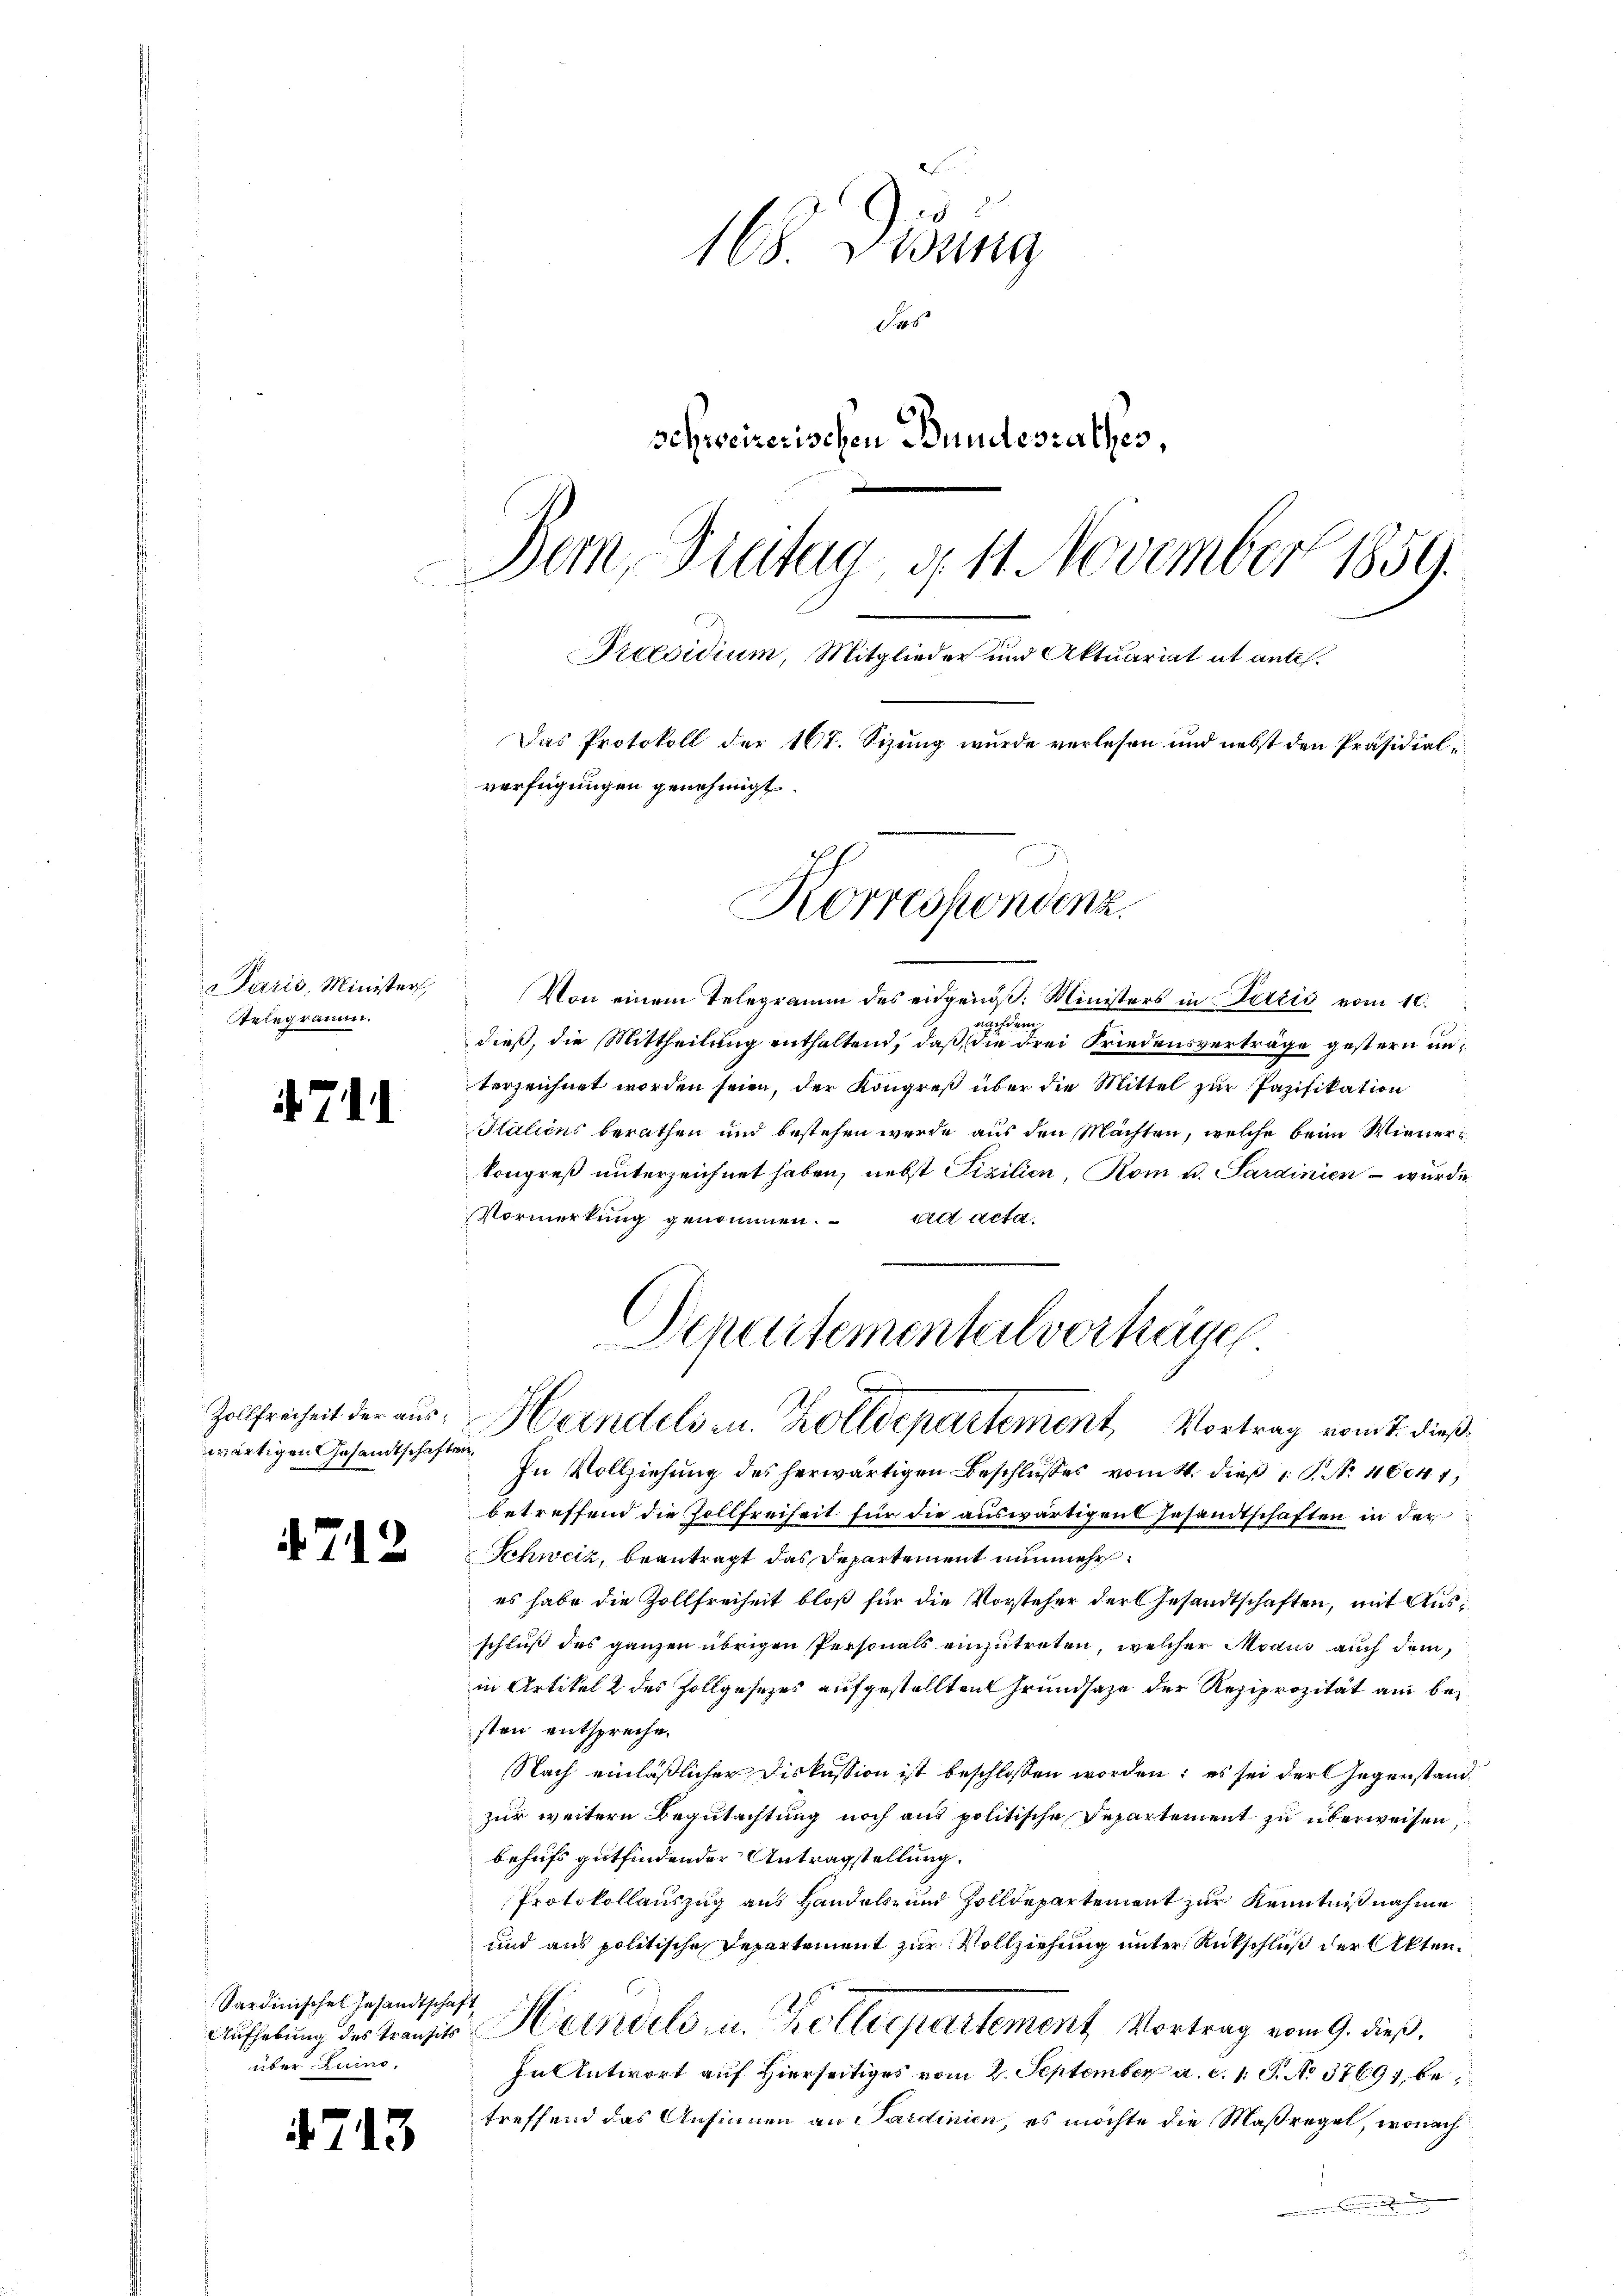
Paris, Minister,
Telegramm.

711

Zollfreiheit der aus¬

712

Sardinisches Gesandtschaft
über-Luino,

4713

165. Disung
1406
schweizerischen Bundesrathes,
Dem Brutug, d. 11. November 1859.
Preesidium, Mitglieder und Aktuariat et antes.

Korrespondenz.

Von einem Telegramm des eidgenöß: Ministers in Partis vom 10.
nachdem
dieß, die Mittheilung enthaltend, daß die drei Friedensverträge gestern unterzeichnet worden seien, der Kongreß über die Mittel zur Pazifikation
Italiens berathen und bestehen werde aus den Machten, welche beim Wienerkongreß unterzeichnet haben, nebst Fizilien, Rom u. Sardinien – wurde
Vormerkung genommen. ad acta.
wärtigen Gesandtschaften. In Vollziehŭng des herwärtigen Beschlŭsses vom 4. dieß P. Nr. 46041,
betreffend die Zollfreiheit für die auswärtigen Gesandtschaften in der
Schweiz, beantragt das Departement nunmehres habe die Zollfreiheit bloß für die Vorsteher der Gesandtschaften, mit Ausschluß des ganzen übrigen Personals einzutreten, welcher Modus auch dem,
in Artikel 2 des Zollgesezes aufgestellten Grundsaze der Reziprozität am bei
sten entspreche.
Nach einläßlicher Diskussion ist beschlossen worden; es sei der Gegenstand
zur weitern Begutachtung noch aus politische Departement zu überweisen,
behufs gutfindender Antragstellung.
Protokollauszug aus Handels- und Zolldepartement zur Kenntnißnahme
und aus politische Departement zur Vollziehung unter Ritschluß der Akten.
Aufhebung der Transit Herzvels- u. Zolldepartement Vortrag vom 9. dieß,
In Antwort auf Hierseitiges vom 2. September a. c. 1. P. No 3769), betreffend das Ansinnen an Sardinien, es möchte die Maßregel, wonach
.

Das Protokoll der 167. Sizung wurde verlesen und nebst den Präsidiale
verfügungen genehmigt.

Departementalverträgen
g
Handels u. Zolldepartement, Vortrag vom 7. dieß